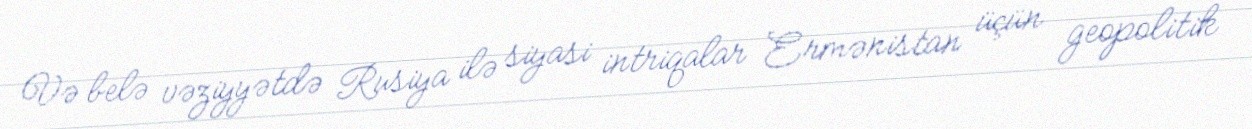
Və belə vəziyyətdə Rusiya ilə siyasi intriqalar Ermənistan üçün geopolitik